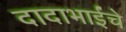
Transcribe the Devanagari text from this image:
दादाभाईंचे